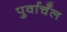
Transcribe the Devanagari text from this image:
पुर्वाचँल